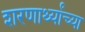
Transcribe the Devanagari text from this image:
शरणार्थ्यांच्या